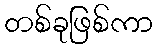
တစ်ခုဖြစ်ကာ